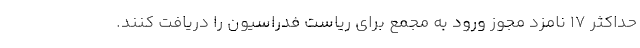
حداکثر 17 نامزد مجوز ورود به مجمع برای ریاست فدراسیون را دریافت کنند.